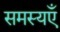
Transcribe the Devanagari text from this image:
समस्यएँ